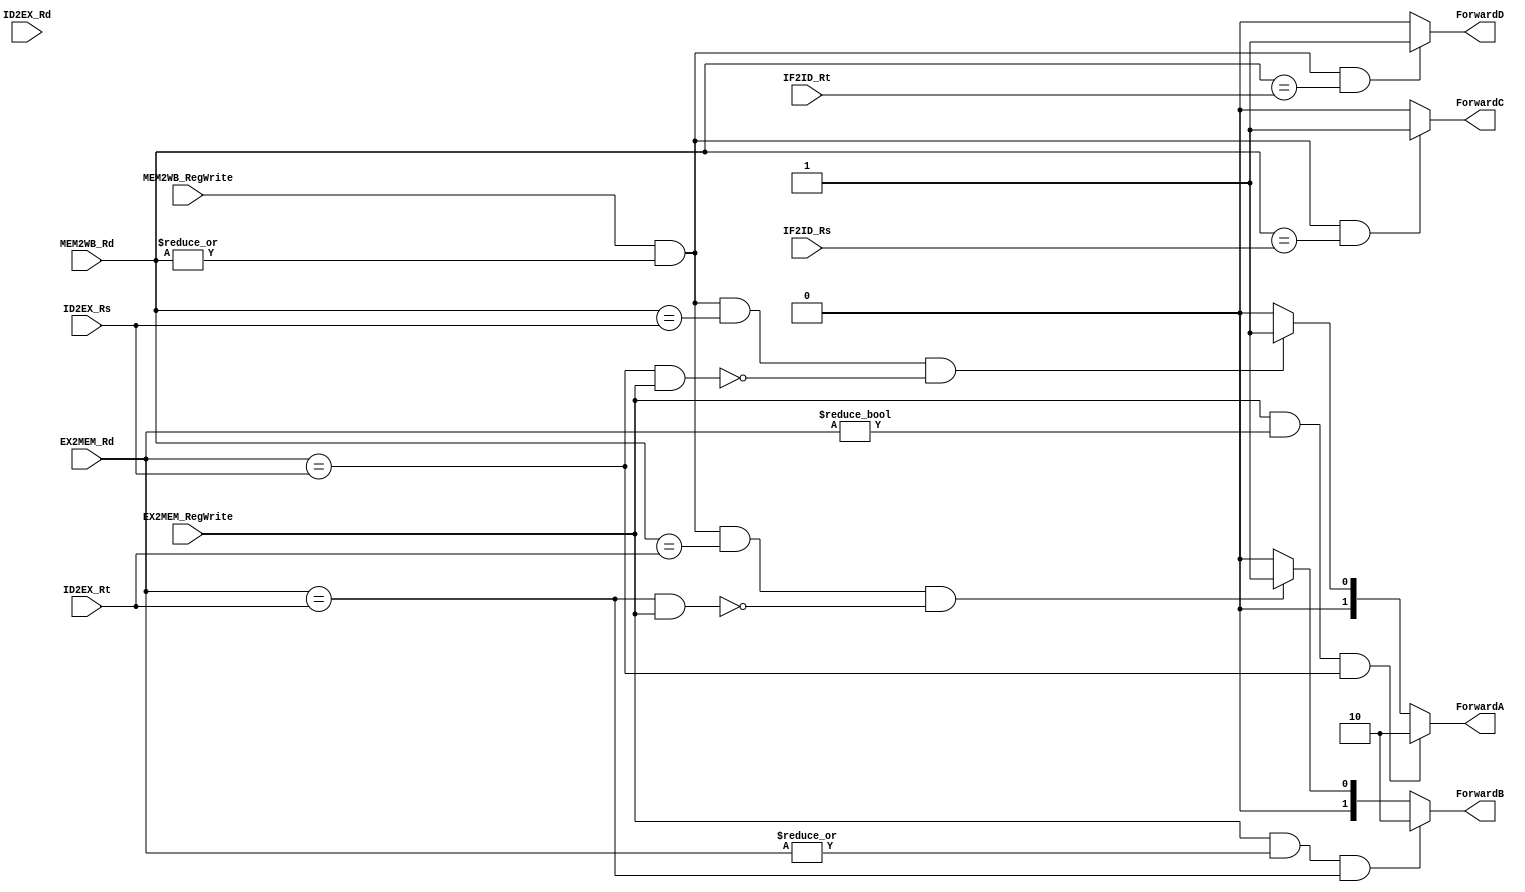
module Forward(
    input EX2MEM_RegWrite, 
    input MEM2WB_RegWrite, 
    input [4:0] EX2MEM_Rd,     
            MEM2WB_Rd,     
            ID2EX_Rs, 
            IF2ID_Rs, 
            ID2EX_Rt, 
            IF2ID_Rt, 
            ID2EX_Rd, 
    output reg[1:0] ForwardA,
        ForwardB, 
    output reg ForwardC, 
        ForwardD
);
    always @(*) begin
        if((EX2MEM_RegWrite)&&(EX2MEM_Rd!=5'h0)&&(EX2MEM_Rd==ID2EX_Rs))
            ForwardA <= 2'h2;
        else if( (MEM2WB_RegWrite) & (|MEM2WB_Rd) & (MEM2WB_Rd==ID2EX_Rs) & ~(EX2MEM_Rd==ID2EX_Rs&&EX2MEM_RegWrite))
            ForwardA <= 2'h1;
        else
            ForwardA <= 2'h0;
    end
    always @(*) begin
        if((EX2MEM_RegWrite)&(|EX2MEM_Rd)&(EX2MEM_Rd==ID2EX_Rt))
            ForwardB <= 2'h2;
        else if((MEM2WB_RegWrite) & (|MEM2WB_Rd) & (MEM2WB_Rd==ID2EX_Rt) & ~(EX2MEM_Rd==ID2EX_Rt&&EX2MEM_RegWrite)  )
            ForwardB <= 2'h1;
        else
            ForwardB <= 2'h0;
    end
    always @ (*)
        if(MEM2WB_RegWrite & (|MEM2WB_Rd) & (MEM2WB_Rd == IF2ID_Rs)) 
            ForwardC = 1'b1;
        else
            ForwardC = 1'b0;
    always @ (*)
        if(MEM2WB_RegWrite & (|MEM2WB_Rd) & (MEM2WB_Rd == IF2ID_Rt)) 
            ForwardD = 1'b1;
        else
            ForwardD = 1'b0;
endmodule